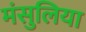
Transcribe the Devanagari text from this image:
मंसुलिया